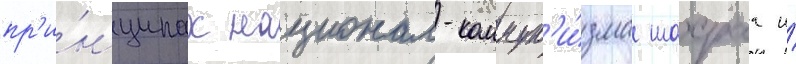
пр'и́нципах национал-коммун'и́зма шахраа и́